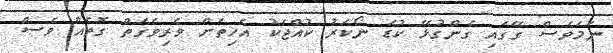
ނަމަވެސް ގޭގައި ގެންގުޅޭ ކުޑަ ނޯކަރު ކުއްޖަކު އެހިތަށް ވެރިވެގަތް ގޮތެއް ވެސް